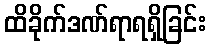
ထိခိုက်ဒဏ်ရာရရှိခြင်း